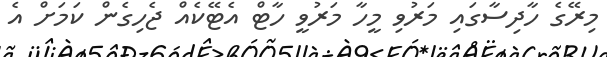
މިރޭގެ ހާދިސާގައި މަރުވި މީހާ މަރުވީ ހާޓް އެޓޭކެއް ޖެހިގެން ކަމަށް އެ